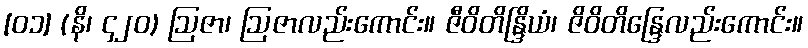
[၀၁] (နိ၊ ၄၂၀) ဩဇာ၊ ဩဇာလည်းကောင်း။ ဇီဝိတိန္ဒြိယံ၊ ဇိဝိတိန္ဒြေလည်းကောင်း။